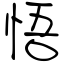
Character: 悟